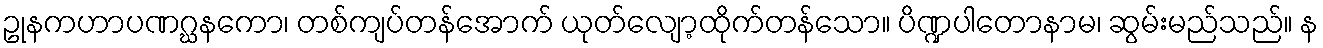
ဥုနကဟာပဏဂ္ဃနကော၊ တစ်ကျပ်တန်အောက် ယုတ်လျော့ထိုက်တန်သော။ ပိဏ္ဍပါတောနာမ၊ ဆွမ်းမည်သည်။ န